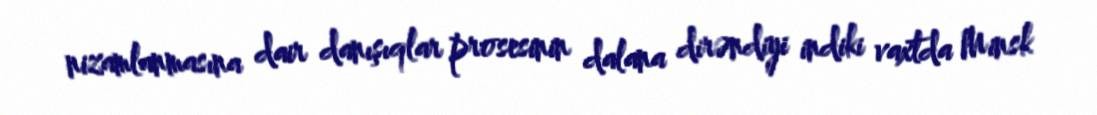
nizamlanmasına dair danışıqlar prosesinin dalana dirəndiyi indiki vaxtda Minsk